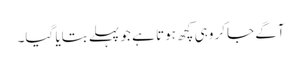
آگے جاکر وہی کچھ ہوتا ہے جو پہلے بتایا گیا۔